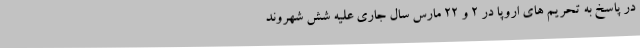
در پاسخ به تحریم های اروپا در ۲ و ۲۲ مارس سال جاری علیه شش شهروند